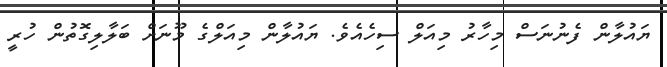
ޔައުލާން ފެނުނަސް މިހާރު މިއަލް ސިހެއެވެ. ޔައުލާން މިއަލްގެ މޫނަށް ބަލާލިގޮތުން ހުރީ